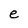
Character: e